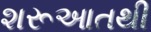
શરૂઆતથી